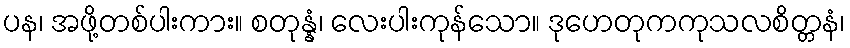
ပန၊ အဖို့တစ်ပါးကား။ စတုန္နံ၊ လေးပါးကုန်သော။ ဒုဟေတုကကုသလစိတ္တနံ၊